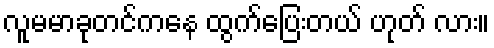
လူမမာခုတင်ကနေ ထွက်ပြေးတယ် ဟုတ် လား။